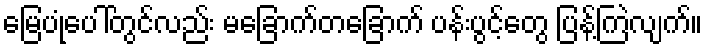
မြေပုံပေါ်တွင်လည်း မခြောက်တခြောက် ပန်းပွင့်တွေ ပြန့်ကြဲလျက်။